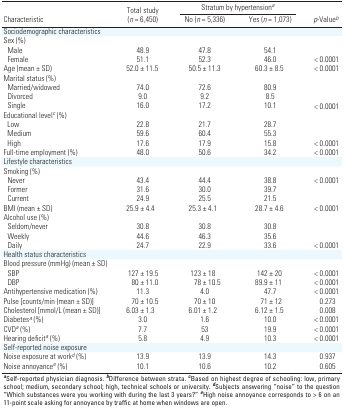
<table><thead><tr><td rowspan="2"><b>Total study (<i>n</i> = 6,450)</b></td><td colspan="3"><b>Stratum by hypertension<i>a</i></b></td></tr><tr><td><b>Characteristic</b></td><td><b>No (<i>n</i> = 5,336)</b></td><td><b>Yes (<i>n</i> = 1,073)</b></td><td><b><i>p</i>-Value<i>b</i></b></td></tr></thead><tbody><tr><td>Sociodemographic characteristics</td><td></td><td></td><td></td><td></td><td></td><td></td><td></td><td></td></tr><tr><td>Sex (%)</td><td></td><td></td><td></td><td></td><td></td><td></td><td></td><td></td></tr><tr><td>Male</td><td></td><td>48.9</td><td></td><td>47.8</td><td></td><td>54.1</td><td></td><td></td></tr><tr><td>Female</td><td></td><td>51.1</td><td></td><td>52.3</td><td></td><td>46.0</td><td></td><td>&lt; 0.0001</td></tr><tr><td>Age (mean ± SD)</td><td></td><td>52.0 ± 11.5</td><td></td><td>50.5 ± 11.3</td><td></td><td>60.3 ± 8.5</td><td></td><td>&lt; 0.0001</td></tr><tr><td>Marital status (%)</td><td></td><td></td><td></td><td></td><td></td><td></td><td></td><td></td></tr><tr><td>Married/widowed</td><td></td><td>74.0</td><td></td><td>72.6</td><td></td><td>80.9</td><td></td><td></td></tr><tr><td>Divorced</td><td></td><td>9.0</td><td></td><td>9.2</td><td></td><td>8.5</td><td></td><td></td></tr><tr><td>Single</td><td></td><td>16.0</td><td></td><td>17.2</td><td></td><td>10.1</td><td></td><td>&lt; 0.0001</td></tr><tr><td>Educational level<i>c</i> (%)</td><td></td><td></td><td></td><td></td><td></td><td></td><td></td><td></td></tr><tr><td>Low</td><td></td><td>22.8</td><td></td><td>21.7</td><td></td><td>28.7</td><td></td><td></td></tr><tr><td>Medium</td><td></td><td>59.6</td><td></td><td>60.4</td><td></td><td>55.3</td><td></td><td></td></tr><tr><td>High</td><td></td><td>17.6</td><td></td><td>17.9</td><td></td><td>15.8</td><td></td><td>&lt; 0.0001</td></tr><tr><td>Full-time employment (%)</td><td></td><td>48.0</td><td></td><td>50.6</td><td></td><td>34.2</td><td></td><td>&lt; 0.0001</td></tr><tr><td>Lifestyle characteristics</td><td></td><td></td><td></td><td></td><td></td><td></td><td></td><td></td></tr><tr><td>Smoking (%) </td><td></td><td></td><td></td><td></td><td></td><td></td><td></td><td></td></tr><tr><td>Never</td><td></td><td>43.4</td><td></td><td>44.4</td><td></td><td>38.8</td><td></td><td>&lt; 0.0001</td></tr><tr><td>Former</td><td></td><td>31.6</td><td></td><td>30.0</td><td></td><td>39.7</td><td></td><td></td></tr><tr><td>Current</td><td></td><td>24.9</td><td></td><td>25.5</td><td></td><td>21.5</td><td></td><td></td></tr><tr><td>BMI (mean ± SD)</td><td></td><td>25.9 ± 4.4</td><td></td><td>25.3 ± 4.1</td><td></td><td>28.7 ± 4.6</td><td></td><td>&lt; 0.0001</td></tr><tr><td>Alcohol use (%)</td><td></td><td></td><td></td><td></td><td></td><td></td><td></td><td></td></tr><tr><td>Seldom/never</td><td></td><td>30.8</td><td></td><td>30.8</td><td></td><td>30.8</td><td></td><td></td></tr><tr><td>Weekly</td><td></td><td>44.6</td><td></td><td>46.3</td><td></td><td>35.6</td><td></td><td></td></tr><tr><td>Daily</td><td></td><td>24.7</td><td></td><td>22.9</td><td></td><td>33.6</td><td></td><td>&lt; 0.0001</td></tr><tr><td>Health status characteristics</td><td></td><td></td><td></td><td></td><td></td><td></td><td></td><td></td></tr><tr><td colspan="9">Blood pressure (mmHg) (mean ± SD)</td></tr><tr><td>SBP</td><td></td><td>127 ± 19.5</td><td></td><td>123 ± 18</td><td></td><td>142 ± 20</td><td></td><td>&lt; 0.0001</td></tr><tr><td>DBP</td><td></td><td>80 ± 11.0</td><td></td><td>78 ± 10.5</td><td></td><td>89.9 ± 11</td><td></td><td>&lt; 0.0001</td></tr><tr><td>Antihypertensive medication (%)</td><td></td><td>11.3</td><td></td><td>4.0</td><td></td><td>47.7</td><td></td><td>&lt; 0.0001</td></tr><tr><td>Pulse [counts/min (mean ± SD)]</td><td></td><td>70 ± 10.5</td><td></td><td>70 ± 10</td><td></td><td>71 ± 12</td><td></td><td>0.273</td></tr><tr><td>Cholesterol [mmol/L (mean ± SD)]</td><td></td><td>6.03 ± 1.3</td><td></td><td>6.01 ± 1.2</td><td></td><td>6.12 ± 1.5</td><td></td><td>0.008</td></tr><tr><td>Diabetes<i>a</i> (%)</td><td></td><td>3.0</td><td></td><td>1.6</td><td></td><td>10.0</td><td></td><td>&lt; 0.0001</td></tr><tr><td>CVD<i>a</i> (%)</td><td></td><td>7.7</td><td></td><td>53</td><td></td><td>19.9</td><td></td><td>&lt; 0.0001</td></tr><tr><td>Hearing deficit<i>a</i> (%)</td><td></td><td>5.8</td><td></td><td>4.9</td><td></td><td>10.3</td><td></td><td>&lt; 0.0001</td></tr><tr><td>Self-reported noise exposure</td><td></td><td></td><td></td><td></td><td></td><td></td><td></td><td></td></tr><tr><td>Noise exposure at work<i>d</i> (%)</td><td></td><td>13.9</td><td></td><td>13.9</td><td></td><td>14.3</td><td></td><td>0.937</td></tr><tr><td>Noise annoyance<i>e</i> (%)</td><td></td><td>10.1</td><td></td><td>10.6</td><td></td><td>10.2</td><td></td><td>0.605</td></tr><tr><td colspan="9"><b>a</b>Self-reported physician diagnosis.<b>b</b>Difference between strata. <b>c</b>Based on highest degree ofschooling: low, primary school; medium, secondary school; high,technical schools or university. <b>d</b>Subjects answering “noise” tothe question “Which substances were you working with during the last 3years?” <b>e</b>High noise annoyance corresponds to &gt; 6 on an11-point scale asking for annoyance by traffic at home when windows areopen.</td></tr></tbody></table>